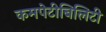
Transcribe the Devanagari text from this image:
कमपेटीबिलिटी